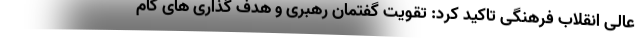
عالی انقلاب فرهنگی تاکید کرد: تقویت گفتمان رهبری و هدف گذاری های گام